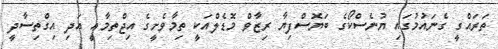
ތަރައްގީ ގެނައުމުގައި ޔުނެސްކޯގެ ބަޔޮސްފިޔާ ރިޒާވް މޮޑެލްއަކީ ތިމާވެށީގެ އިޖްތިމާއީ އަދި އިގްތިސާދީ